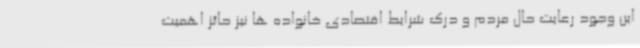
این وجود رعایت حال مردم و درک شرایط اقتصادی خانواده ها نیز حائز اهمیت